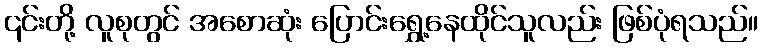
၎င်းတို့ လူစုတွင် အစောဆုံး ပြောင်းရွှေ့နေထိုင်သူလည်း ဖြစ်ပုံရသည်။